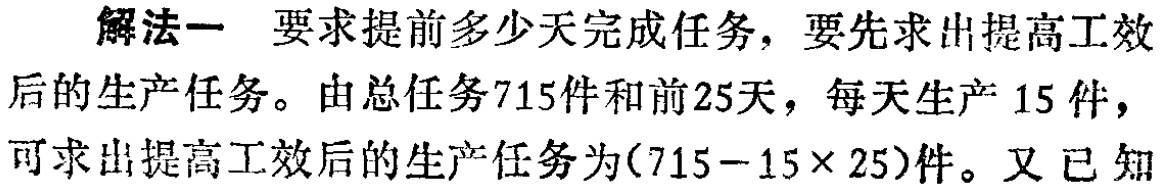
解法一 要求提前多少天完成任务，要先求出提高工效后的生产任务。由总任务715件和前25天，每天生产 15 件，可求出提高工效后的生产任务为(715−15×25)件。又已知